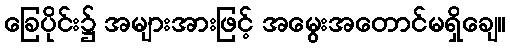
ခြေပိုင်း၌ အများအားဖြင့် အမွေးအတောင်မရှိချေ။